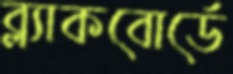
ব্ল্যাকবোর্ডে